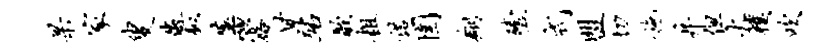
杲家叟微板藩露甘站歌粗诺圉翔殪式盟切施井但火朴吹